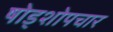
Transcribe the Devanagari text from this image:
षोड्शोपचार